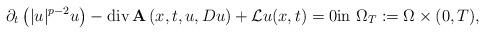
LaTeX: \begin{align*}\partial_t\left(|u|^{p-2}u\right)-\mathrm{div}\,\mathbf{A}\left(x,t,u,Du\right)+\mathcal{L}u(x,t)=0\mathrm{in}\,\,\Omega_T:=\Omega \times (0,T),\end{align*}